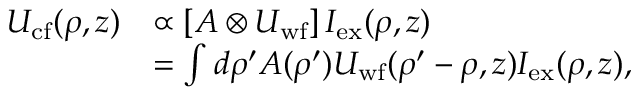
\begin{array} { r l } { U _ { \mathrm { c f } } ( \boldsymbol { \rho } , z ) } & { \propto \left[ A \otimes U _ { \mathrm { w f } } \right] I _ { \mathrm { e x } } ( \boldsymbol { \rho } , z ) } \\ & { = \int d \boldsymbol { \rho } ^ { \prime } A ( \boldsymbol { \rho } ^ { \prime } ) U _ { \mathrm { w f } } ( \boldsymbol { \rho } ^ { \prime } - \boldsymbol { \rho } , z ) I _ { \mathrm { e x } } ( \boldsymbol { \rho } , z ) , } \end{array}